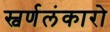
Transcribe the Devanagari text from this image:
स्वर्णलंकारो